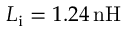
L _ { \mathrm { i } } = 1 . 2 4 \, \mathrm { n H }